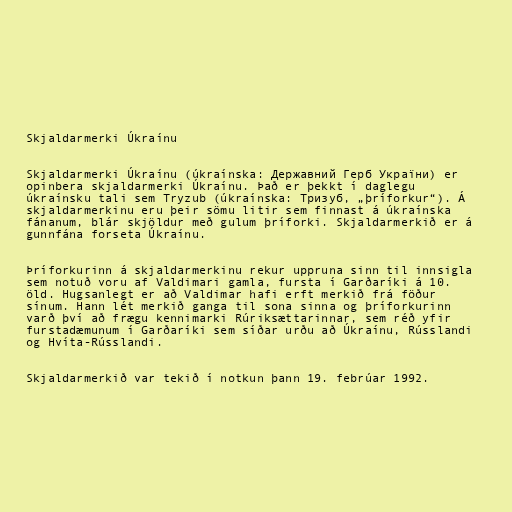
Skjaldarmerki Úkraínu

Skjaldarmerki Úkraínu (úkraínska: Державний Герб України) er
opinbera skjaldarmerki Úkraínu. Það er þekkt í daglegu
úkraínsku tali sem Tryzub (úkraínska: Тризуб, „þríforkur“). Á
skjaldarmerkinu eru þeir sömu litir sem finnast á úkraínska
fánanum, blár skjöldur með gulum þríforki. Skjaldarmerkið er á
gunnfána forseta Úkraínu.

Þríforkurinn á skjaldarmerkinu rekur uppruna sinn til innsigla
sem notuð voru af Valdimari gamla, fursta í Garðaríki á 10.
öld. Hugsanlegt er að Valdimar hafi erft merkið frá föður
sínum. Hann lét merkið ganga til sona sinna og þríforkurinn
varð því að frægu kennimarki Rúriksættarinnar, sem réð yfir
furstadæmunum í Garðaríki sem síðar urðu að Úkraínu, Rússlandi
og Hvíta-Rússlandi.

Skjaldarmerkið var tekið í notkun þann 19. febrúar 1992.